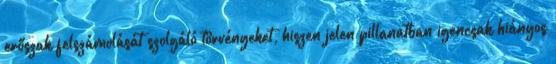
erőszak felszámolását szolgáló törvényeket, hiszen jelen pillanatban igencsak hiányos